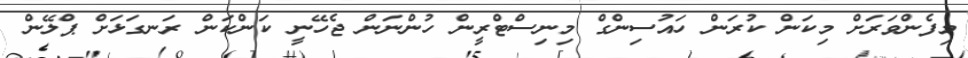
މިފެންވަރަށް މިކަން ކުރަން ހައުސިންގް މިނިސްޓްރީން ހުންނަން ޖެހޭނީ ކަންކަން ރަނގަޅަށް ޕްލޭން